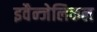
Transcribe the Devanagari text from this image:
इवैन्जेलिकल